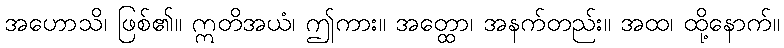
အဟောသိ၊ ဖြစ်၏။ ဣတိအယံ၊ ဤကား။ အတ္ထော၊ အနက်တည်း။ အထ၊ ထို့နောက်။